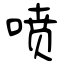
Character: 喷